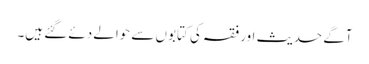
آگے حدیث اور فقہ کی کتابوں سے حوالے دئے گئے ہیں۔